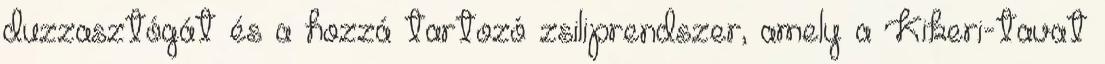
duzzasztógát és a hozzá tartozó zsiliprendszer, amely a Kikeri-tavat